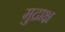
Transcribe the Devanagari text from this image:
मुद्राक्ष